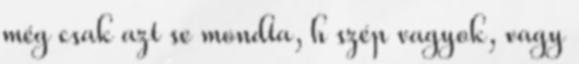
még csak azt se mondta, h szép vagyok, vagy